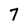
Character: 7